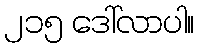
၂၁၅ ဒေါ်လာပါ။